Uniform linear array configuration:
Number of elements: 64
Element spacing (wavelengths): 0.5
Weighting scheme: uniform
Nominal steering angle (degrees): -60
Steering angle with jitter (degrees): -58.949
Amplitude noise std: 0.05
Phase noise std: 0.05

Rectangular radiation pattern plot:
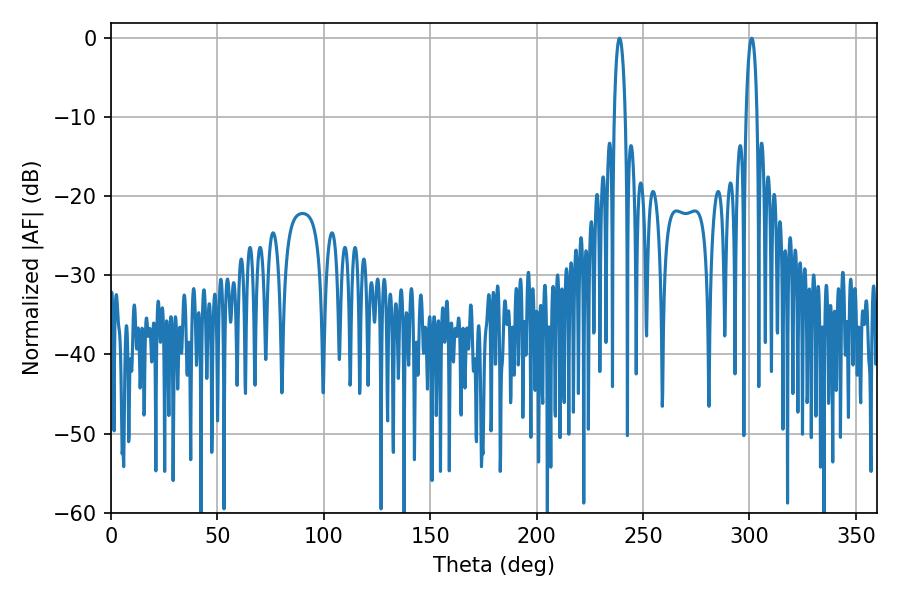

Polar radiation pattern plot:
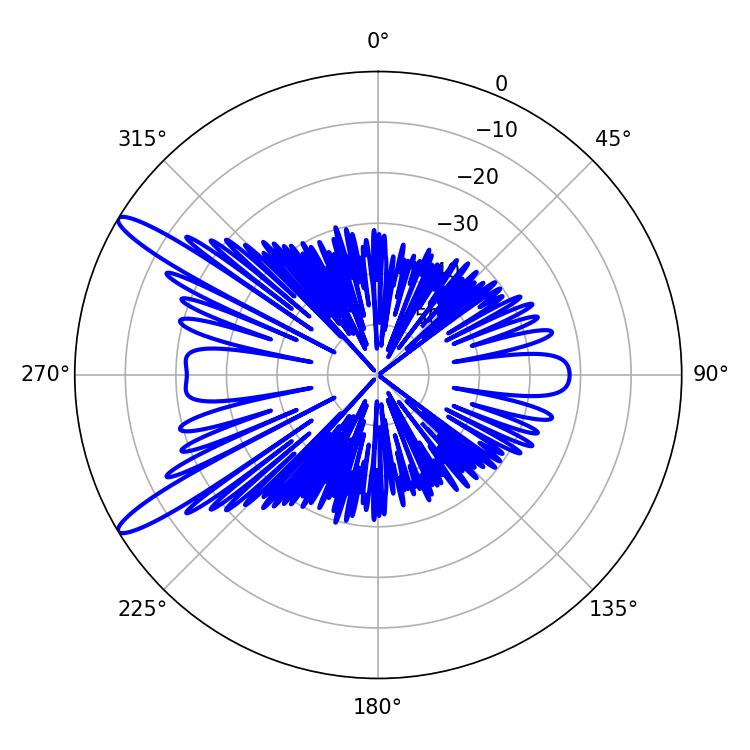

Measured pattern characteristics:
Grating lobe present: FALSE
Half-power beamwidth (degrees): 2.88
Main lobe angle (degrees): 301.14